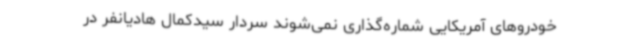
خودروهای آمریکایی شماره‌گذاری نمی‌شوند سردار سیدکمال هادیانفر در